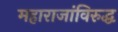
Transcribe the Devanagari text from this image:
महाराजांविरुद्ध